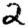
Digit: 2